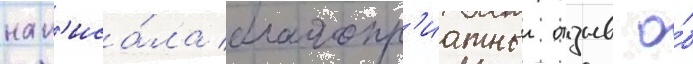
нап'иса́ла благопр'иатныи отзыв о́б